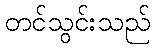
တင်သွင်းသည်